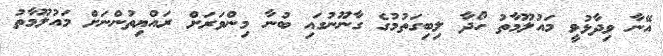
އޭނާ ވިދާޅުވީ މައުލޫމާތު ހޯދާ ލިބިގަތުމުގެ ގާނޫނުގައި ބުނާ މިންވަރަށް ރައްޔިތުންނަށް މައުލޫމާތު